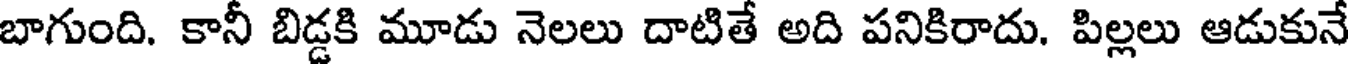
బాగుంది. కానీ బిడ్డకి మూడు నెలలు దాటితే అది పనికిరాదు. పిల్లలు ఆడుకునే